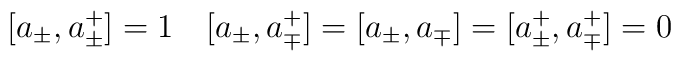
\bigl[a_{\pm}, a^{+}_{\pm}\bigr] = 1 \quad                    \bigl[a_{\pm}, a^{+}_{\mp}\bigr] =\bigl[a_{\pm}, a_{\mp}\bigr]     =\bigl[a^{+}_{\pm}, a^{+}_{\mp}\bigr]  = 0